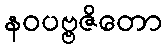
နဝပဗ္ဗဇိတော